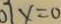
0 7 x = 0